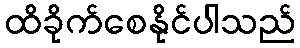
ထိခိုက်စေနိုင်ပါသည်